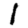
Digit: 1